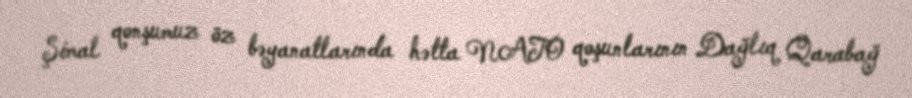
Şimal qonşumuz öz bəyanatlarında hətta NATO qoşunlarının Dağlıq Qarabağ